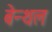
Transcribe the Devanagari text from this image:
बेन्थल